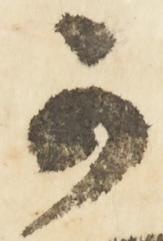
可